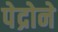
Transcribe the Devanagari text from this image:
पेद्रोने